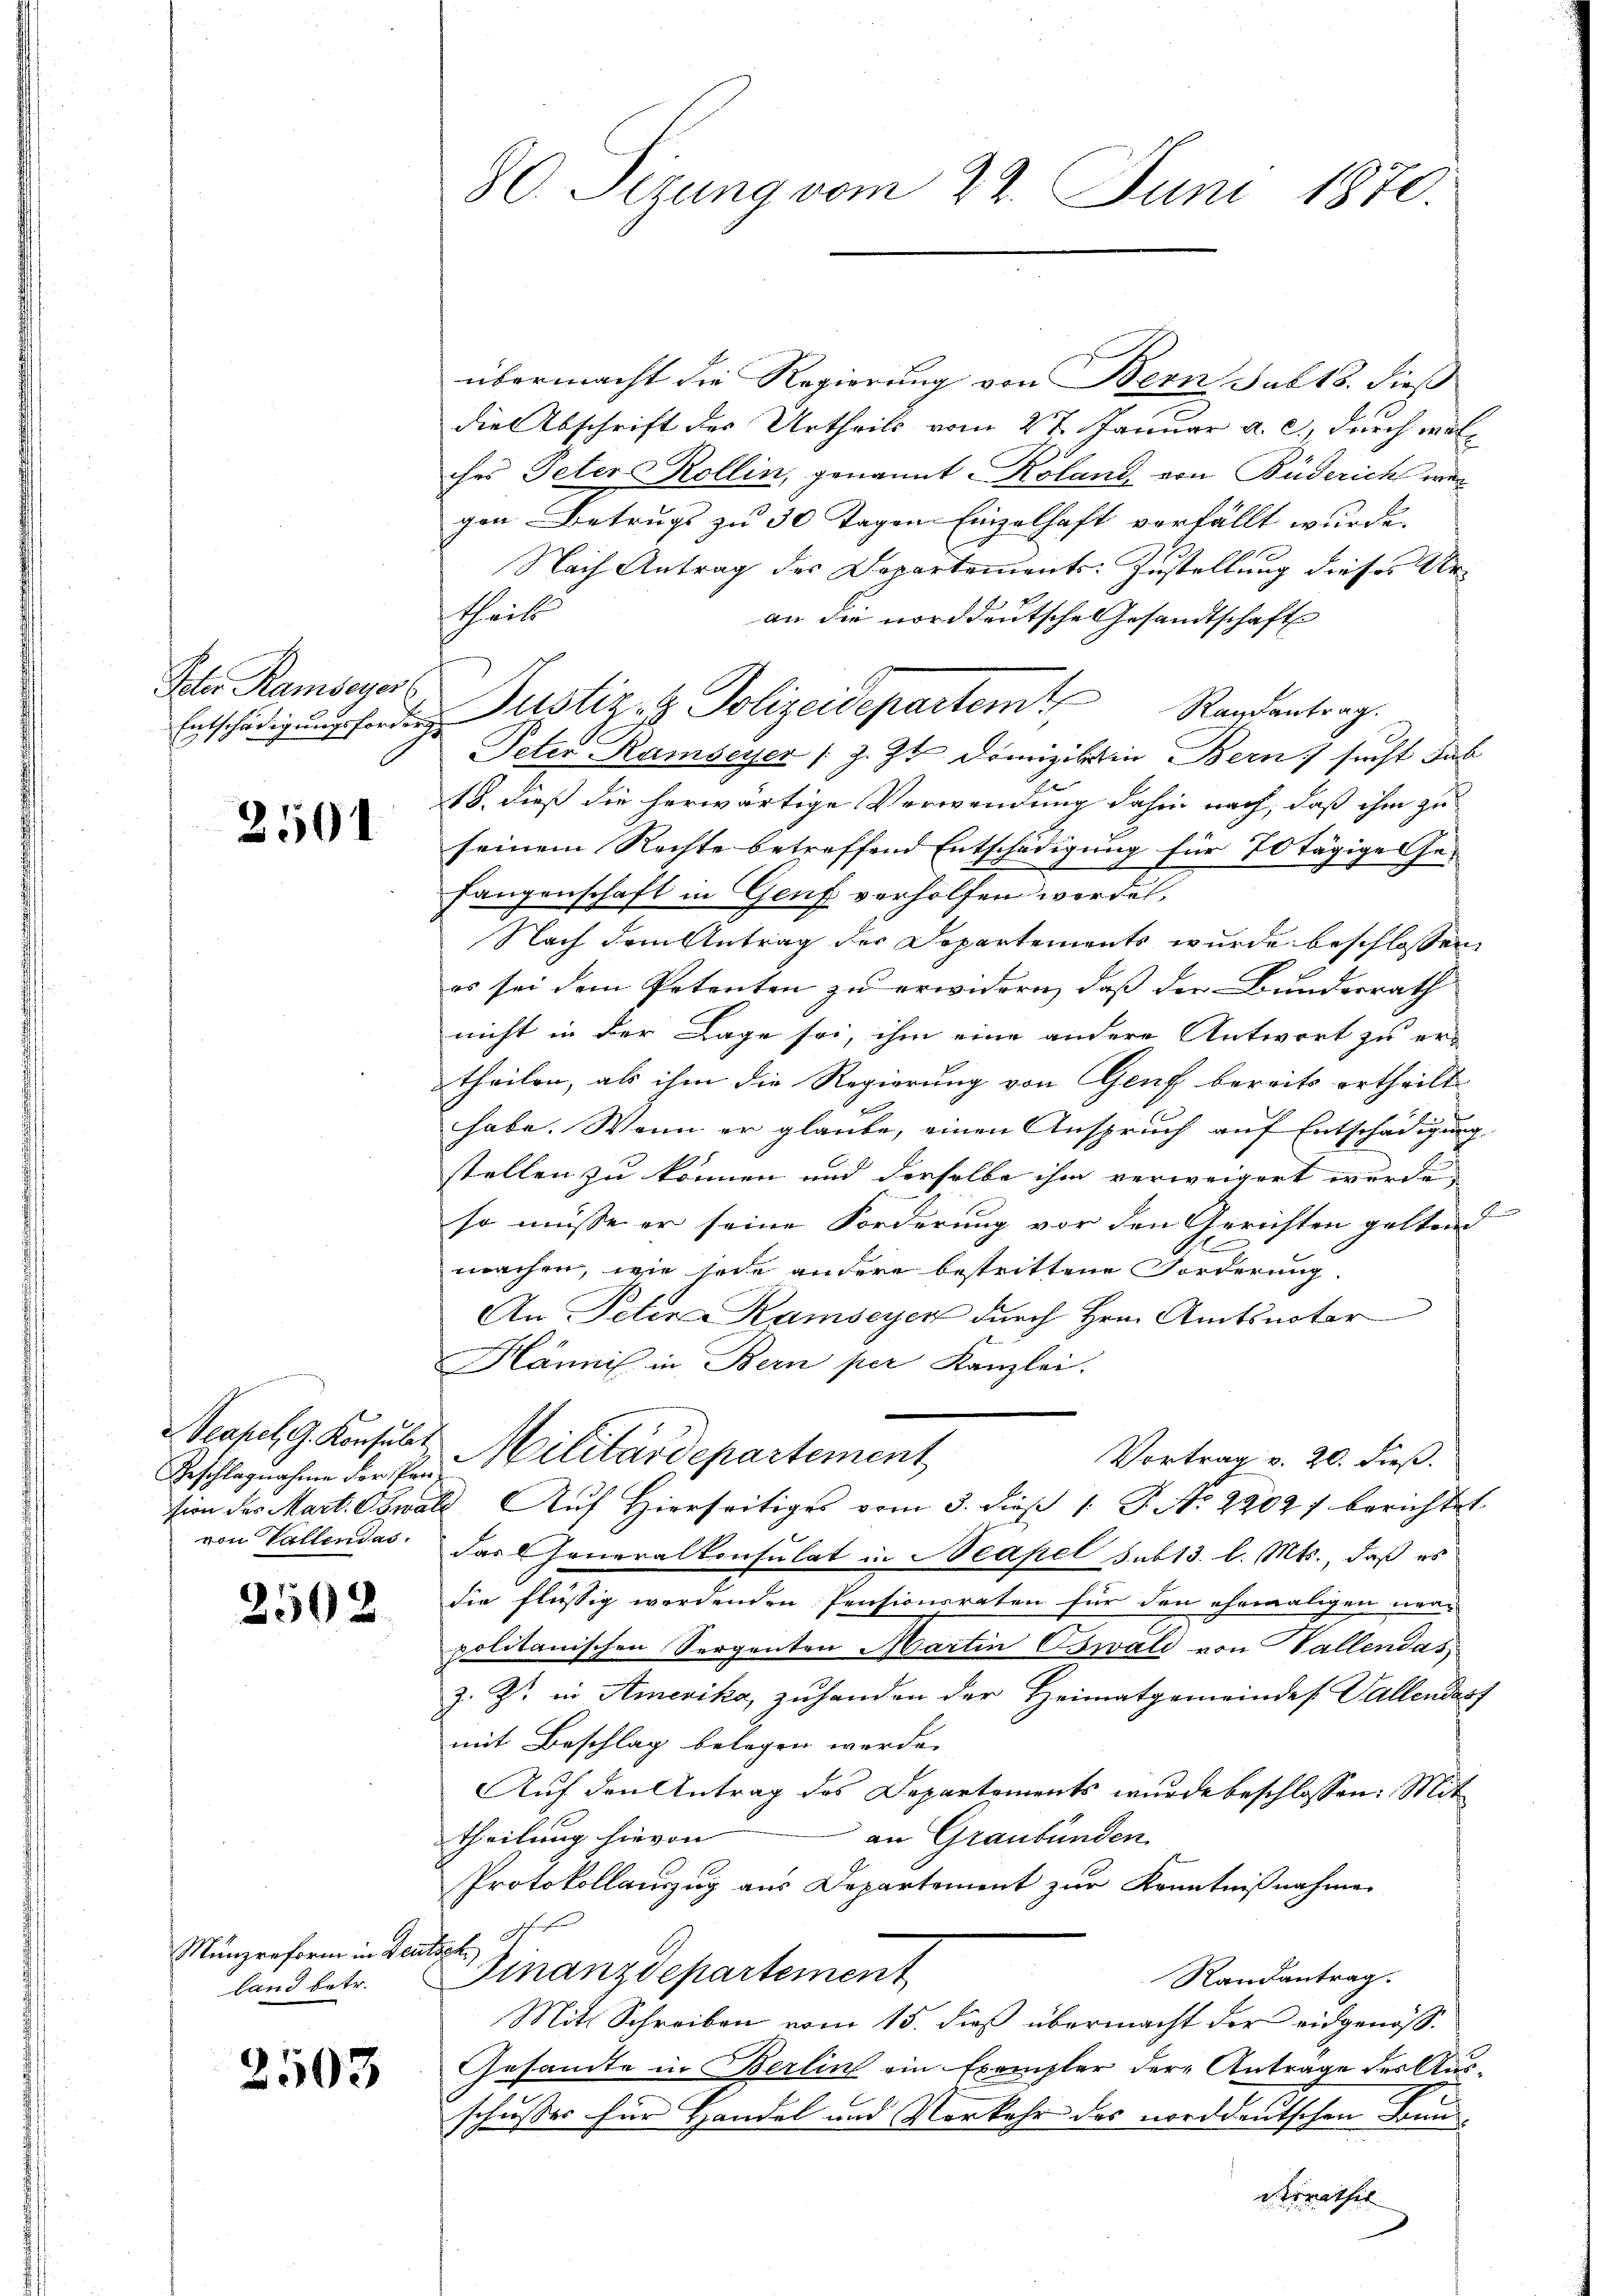
Peter Ramseyer
Entschädigungsforder

2501

Scapel, G. Konsulat
von Vallendas.

2502

Münzreform in Leu
land betr.

2503

80. Sizung vom 22. Juni 1870.

übermacht die Regierung von Bern sub 18. dieß
die Abschrift des Urtheils vom 27. Januar a. c., durch welches Peter Rollin, genannt Koland, von Büderich war
gen Betrugs zu 30 Tagen Einzelhaft verfällt wurde.
Nach Antrag der Departements-Zustellung dieses Urstheit
an die norddeutsche Gesandtschaft
Justiz- & Polizeidepartem Randantrag.
Peter Ramseyer (Z. Zt. Domizil in Bern sucht dab
18. dieß die herwärtige Verwendung dahin nach, daß ihm zu
seinem Rechte betreffend Entschädigung für 70 tägige Gefangenschaft in Genf verholfen werden,
Nach dem Antrag der Departements wurde beschlossen,
es sei dem Petenten zu erwidern, daß der Bundesrath
nicht in der Lage sei, ihm eine andere Antwort zu er-
theilen, als ihm die Regierung von Genf bereits ertheilt
habe. Wenn er glaube, einen Anspruch auf Entschädigung
stellen zu können und derselbe ihm verweigert wurde,
so müsse er seine Forderung vor den Gerichten geltend
1
machen, wie jede andere bestrittene Forderung
An Peten Ramseyen durch Hrn. Amtsnotar
Hännis in Bern per Kanzlei.
Vortrag v. 20. dieß.
Beschlagnahen der Im Militärdepartement
sion des Mart. Oswald. Auf Hierseitiges vom 3. dieß 1 S. Nr. 2202) berichtet
das Generalkonsulat in Neapel sub 13. l. Mts., daß es
die flüssig werdenden Pensionsraten für den ehemaligen nea-
politanischen Sergenten Martin Oswald von Vallendas
z. Zt. in Amerika, zuhanden der Heimatgemeindes Vallendasf
mit Beschlag belegen werde.
Auf den Antrag des Departements wurde beschlossen: Mit
an Graubünden
theilung hievon
Protokollauszug aus Departement zur Kenntnißnahme
t
nhe
Finanzdepartement
Randantrag.
Mit Schreiben vom 15. dieß übermacht der eidgenöß¬
Gesandte in Berlin ein Exemplar der Antrage der Ausschusser für Handel und Vorkehr des norddeutschen Bunderrathes |